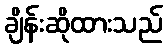
ချိန်းဆိုထားသည်